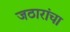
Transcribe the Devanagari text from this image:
जठारांचा